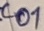
Text: C01